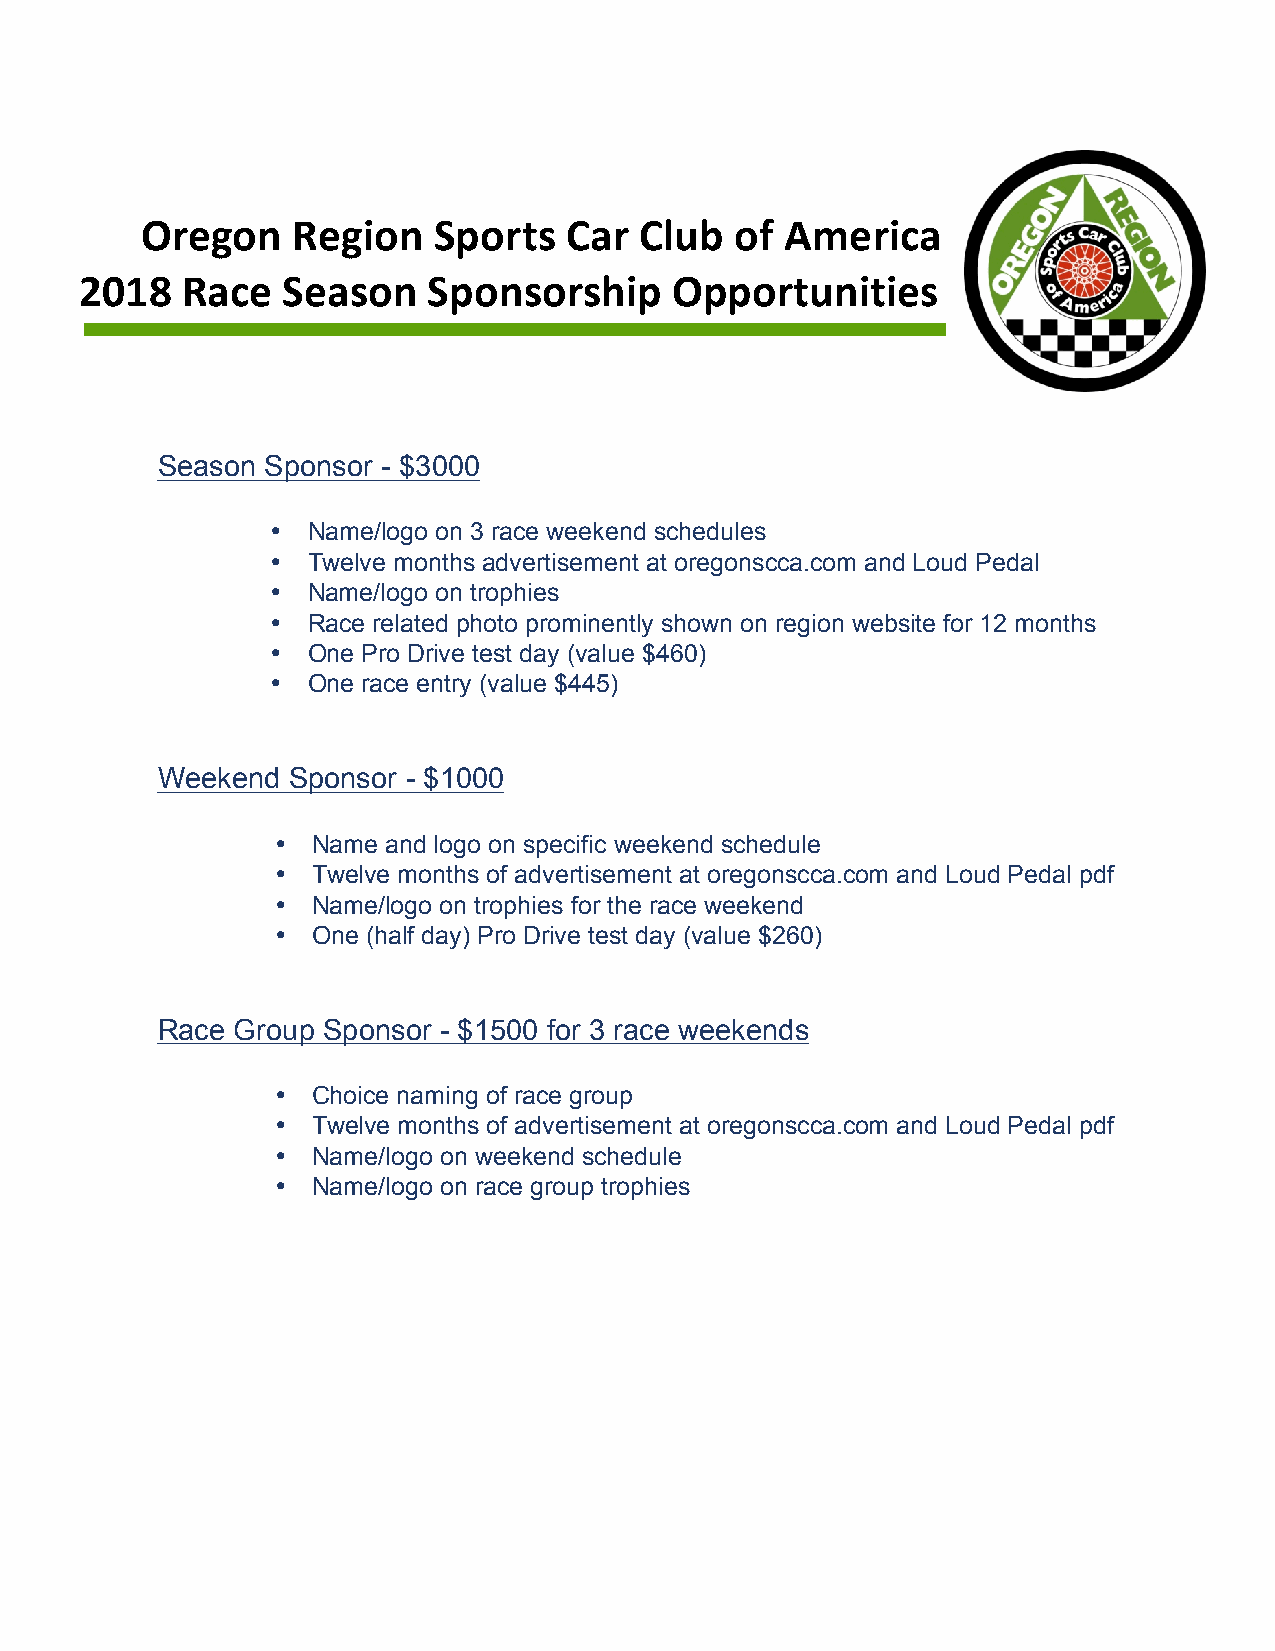
Oregon    Region    Sports  Car  Club   of America
 2018   Race   Season   Sponsorship      Opportunities
 Season  Sponsor - $3000
 • Name/logo on 3 race weekend schedules
 • Twelve months advertisement at oregonscca.com and Loud Pedal
 • Name/logo on trophies
 • Race related photo prominently shown on region website for 12 months
 • One Pro Drive test day (value $460)
 • One race entry (value $445)
 Weekend  Sponsor - $1000
 •  Name and logo on specific weekend schedule
 •  Twelve months of advertisement at oregonscca.com and Loud Pedal pdf
 •  Name/logo on trophies for the race weekend
 •  One (half day) Pro Drive test day (value $260)
 Race Group Sponsor - $1500 for 3 race weekends
 •  Choice naming of race group
 •  Twelve months of advertisement at oregonscca.com and Loud Pedal pdf
 •  Name/logo on weekend schedule
 •  Name/logo on race group trophies